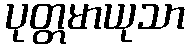
ပုတ္တမာယုသာ